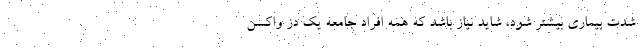
شدت بیماری بیشتر شود، شاید نیاز باشد که همه افراد جامعه یک دز واکسن